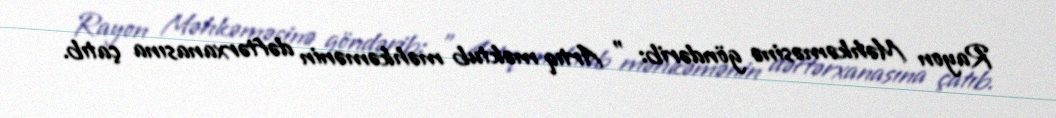
Rayon Məhkəməsinə göndərib: ” Artıq məktub məhkəmənin dəftərxanasına çatıb.